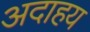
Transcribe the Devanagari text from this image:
अदाहय